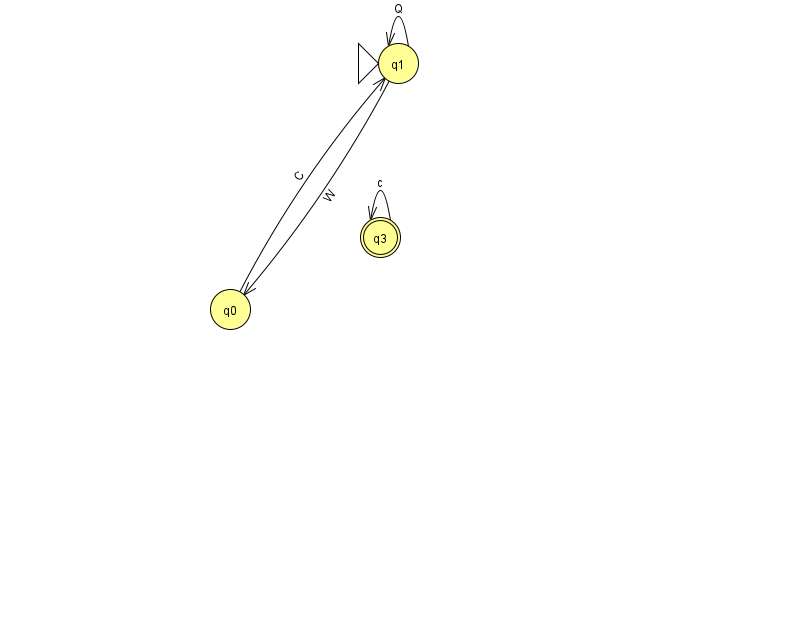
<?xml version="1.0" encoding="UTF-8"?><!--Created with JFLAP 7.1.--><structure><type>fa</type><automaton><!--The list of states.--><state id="0" name="q0"><x>230.0</x><y>296.0</y></state><state id="1" name="q1"><x>398.0</x><y>50.0</y><initial/></state><state id="2" name="q2"><x>877.0</x><y>200.0</y></state><state id="3" name="q3"><x>380.0</x><y>224.0</y><final/></state><!--The list of transitions.--><transition><from>1</from><to>1</to><read>Q</read></transition><transition><from>2</from><to>2</to><read>q</read></transition><transition><from>3</from><to>3</to><read>c</read></transition><transition><from>1</from><to>0</to><read>W</read></transition><transition><from>0</from><to>1</to><read>C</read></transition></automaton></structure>